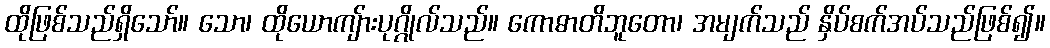
ထိုဖြစ်သည်ရှိသော်။ သော၊ ထိုယောကျ်ားပုဂ္ဂိုလ်သည်။ ကောဓာတိဘူတော၊ အမျက်သည် နှိပ်စက်အပ်သည်ဖြစ်၍။